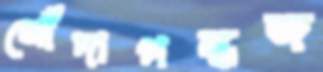
সোঁদাগন্ধজ